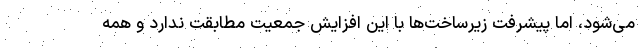
می‌شود، اما پیشرفت زیرساخت‌ها با این افزایش جمعیت مطابقت ندارد و همه